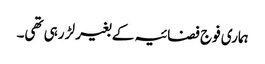
ہماری فوج فضائیہ کے بغیر لڑ رہی تھی۔